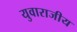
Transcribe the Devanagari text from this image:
युवाराजीय